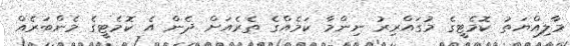
މާލިއްޔަތު ކޮމެޓީގެ މުގައްރިރު ނިންމާ ކަމެއްގެ ތެރެއަށް ދެން އެ ކޮމެޓީގެ މެންބަރެއް